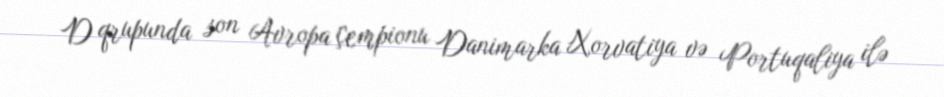
D qrupunda son Avropa çempionu Danimarka Xorvatiya və Portuqaliya ilə